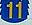
11